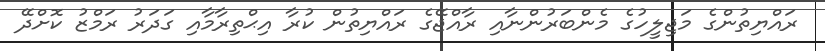
ރައްޔިތުންގެ މަޖިލީހުގެ މެންބަރުންނާއި ރާއްޖޭގެ ރައްޔިތުން ކުރާ އިޙްތިރާމާއި ގަދަރު ރަމްޒު ކޮށްދޭ